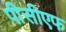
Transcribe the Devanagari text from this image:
पीसीएफ